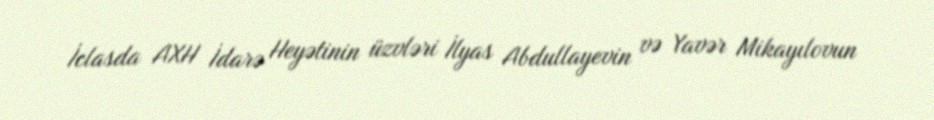
İclasda AXH İdarə Heyətinin üzvləri İlyas Abdullayevin və Yavər Mikayılovun